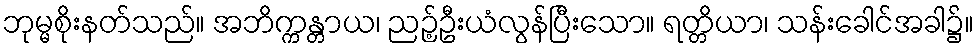
ဘုမ္မစိုးနတ်သည်။ အဘိက္ကန္တာယ၊ ညဉ့်ဦးယံလွန်ပြီးသော။ ရတ္တိယာ၊ သန်းခေါင်အခါ၌။